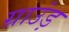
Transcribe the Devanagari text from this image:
ग्राउंड़